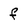
Character: f